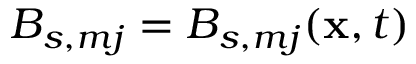
B _ { s , m j } = B _ { s , m j } ( \mathbf { x } , t )